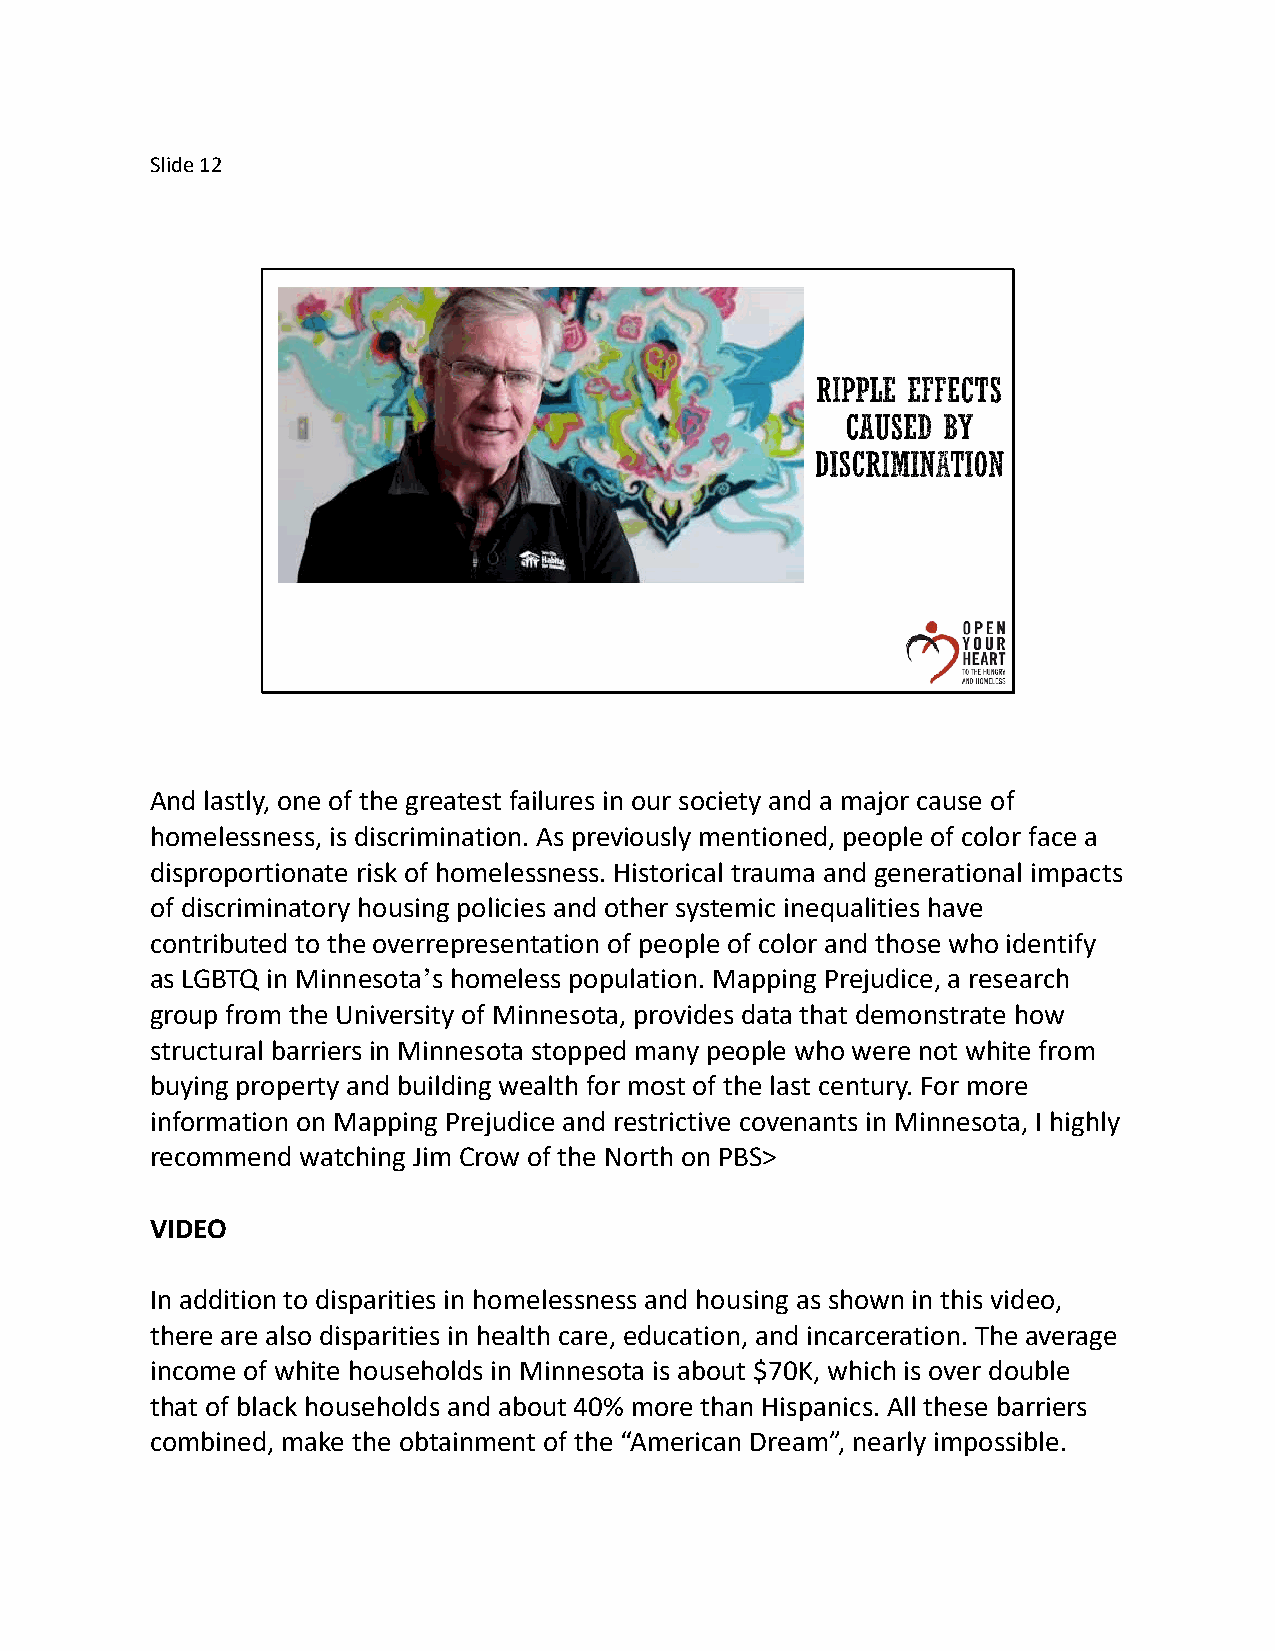
Slide 12
 And lastly, one of the greatest failures in our society and a major cause of
 homelessness, is discrimination. As previously mentioned, people of color face a
 disproportionate risk of homelessness. Historical trauma and generational impacts
 of discriminatory housing policies and other systemic inequalities have
 contributed to the overrepresentation of people of color and those who identify
 as LGBTQ in Minnesota’s homeless population. Mapping Prejudice, a research
 group from the University of Minnesota, provides data that demonstrate how
 structural barriers in Minnesota stopped many people who were not white from
 buying property and building wealth for most of the last century. For more
 information on Mapping Prejudice and restrictive covenants in Minnesota, I highly
 recommend watching Jim Crow of the North on PBS>
 VIDEO
 In addition to disparities in homelessness and housing as shown in this video,
 there are also disparities in health care, education, and incarceration. The average
 income of white households in Minnesota is about $70K, which is over double
 that of black households and about 40% more than Hispanics. All these barriers
 combined, make the obtainment of the “American Dream”, nearly impossible.